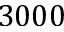
3 0 0 0